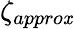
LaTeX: \zeta_{appro\mathit{x}}